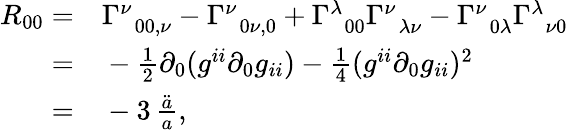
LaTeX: \begin{array}{rl}{R_{00}=}&{{}\Gamma_{\, \, \, 00,\nu}^{\nu}-\Gamma_{\, \, \, 0\nu,0}^{\nu}+\Gamma_{\, \, \, 00}^{\lambda}\Gamma_{\, \, \, \lambda\nu}^{\nu}-\Gamma_{\, \, \, 0\lambda}^{\nu}\Gamma_{\, \, \, \nu 0}^{\lambda}}\\ {=}&{{}-\frac{1}{2}\partial_{0}(g^{ii}\partial_{0}g_{ii})-\frac{1}{4}(g^{ii}\partial_{0}g_{ii})^{2}}\\ {=}&{{}-3\, \frac{\ddot{a}}{a},}\end{array}